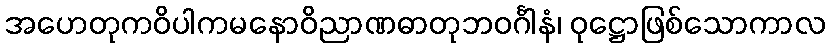
အဟေတုကဝိပါကမနောဝိညာဏဓာတုဘဝင်္ဂါနံ၊ ဝုဋ္ဌောဖြစ်သောကာလ